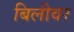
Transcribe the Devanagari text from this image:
बिलीवर